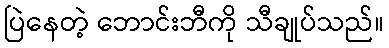
ပြဲနေတဲ့ ဘောင်းဘီကို သီချုပ်သည်။